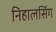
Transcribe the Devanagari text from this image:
निहालसिंग